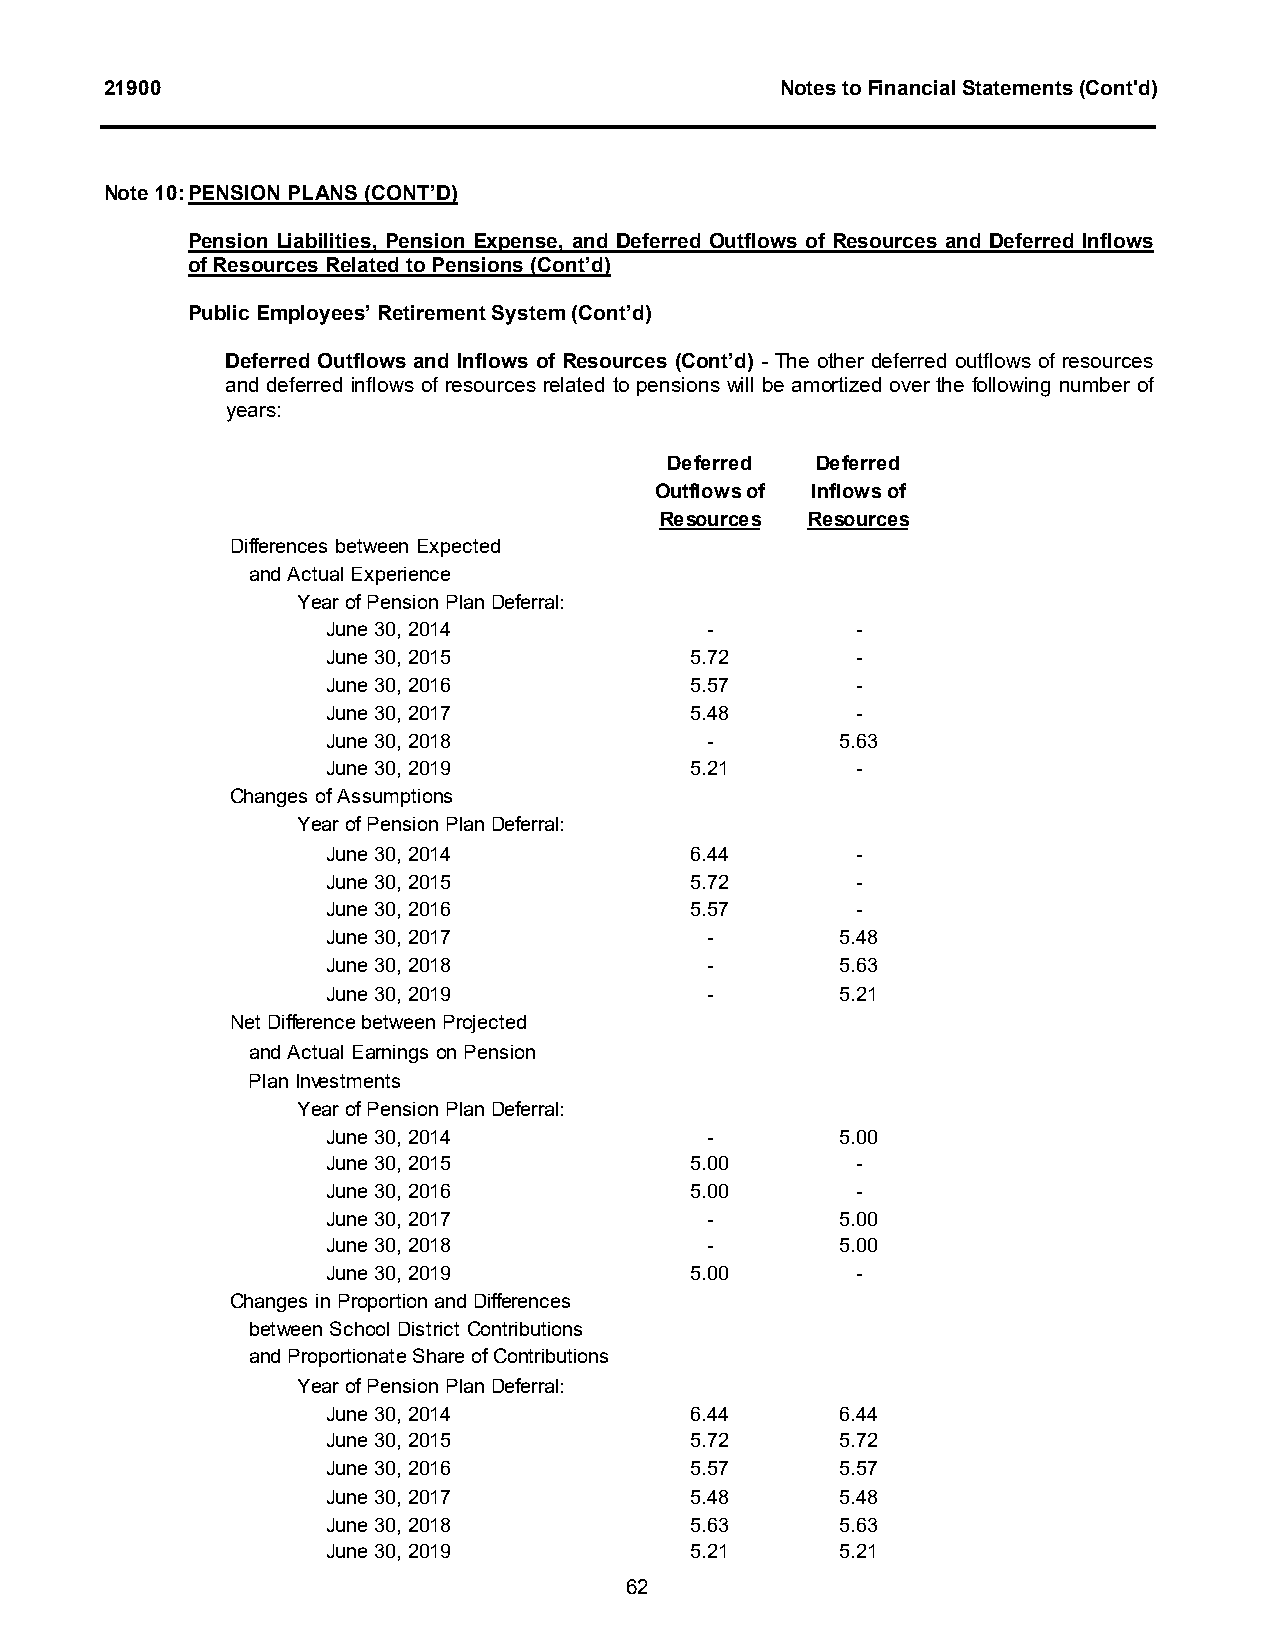
21900                                        Notes to Financial Statements (Cont'd)
 Note 10:PENSION PLANS(CONT’D)
 Pension Liabilities, Pension Expense, and Deferred Outflows of Resources and Deferred Inflows
 of Resources Related to Pensions (Cont’d)
 Public Employees’ Retirement System (Cont’d)
 Deferred Outflows and Inflows of Resources (Cont’d) - The other deferred outflows of resources
 and deferred inflows of resources related to pensions will be amortized over the following number of
 years:
 Deferred  Deferred
 Outflows of Inflows of
 Resources Resources
 Differences between Expected
 and Actual Experience
 Year of Pension Plan Deferral:
 June 30, 2014            -         -
 June 30, 2015           5.72       -
 June 30, 2016           5.57       -
 June 30, 2017           5.48       -
 June 30, 2018            -        5.63
 June 30, 2019           5.21       -
 Changes of Assumptions
 Year of Pension Plan Deferral:
 June 30, 2014           6.44       -
 June 30, 2015           5.72       -
 June 30, 2016           5.57       -
 June 30, 2017            -        5.48
 June 30, 2018            -        5.63
 June 30, 2019            -        5.21
 Net Difference between Projected
 and Actual Earnings on Pension
 Plan Investments
 Year of Pension Plan Deferral:
 June 30, 2014            -        5.00
 June 30, 2015           5.00       -
 June 30, 2016           5.00       -
 June 30, 2017            -        5.00
 June 30, 2018            -        5.00
 June 30, 2019           5.00       -
 Changes in Proportion and Differences
 between School District Contributions
 and Proportionate Share of Contributions
 Year of Pension Plan Deferral:
 June 30, 2014           6.44      6.44
 June 30, 2015           5.72      5.72
 June 30, 2016           5.57      5.57
 June 30, 2017           5.48      5.48
 June 30, 2018           5.63      5.63
 June 30, 2019           5.21      5.21
 62